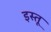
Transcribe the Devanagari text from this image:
इस्तू